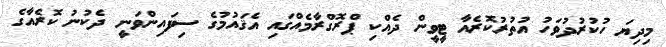
މިދިޔަ ހުކުރުދުވަހު އުތުރުކޮރެއާ ޓީވީން ދެއްކި ޕްރޮގްރާމެއްގައި އެޤައުމުގެ ސިފައިންވަނީ ދެކުނު ކޮރެއާގެ